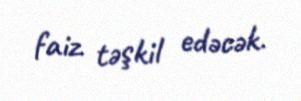
faiz təşkil edəcək.